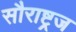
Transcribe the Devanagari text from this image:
सौराष्ट्रज